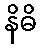
နိဓိ